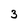
Character: 3